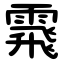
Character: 䬠